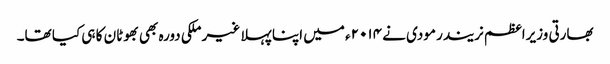
بھارتی وزیراعظم نریندر مودی نے ۲۰۱۴ء میں اپنا پہلا غیر ملکی دورہ بھی بھوٹان کا ہی کیا تھا۔